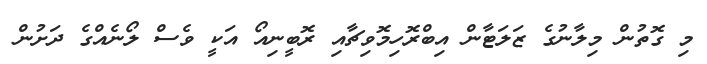
މި ގޮތުން މިލާނުގެ ޒަލަޓާން އިބްރޮހިމޮވިޗާއި ރޮބީނިއޯ އަކީ ވެސް ލޯނެއްގެ ދަށުން